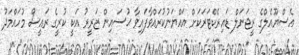
އެސްޔޫއެލްގެ ރީޖަނަލް ޑައިރެކްޓަރަކަށް އައްޔަނުކުރައްވާފައިވާ ޙުސައިން ޒަރީރު އަކީ ކުރީގެ ރައީސް މުހައްމަދު